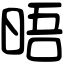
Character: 晤